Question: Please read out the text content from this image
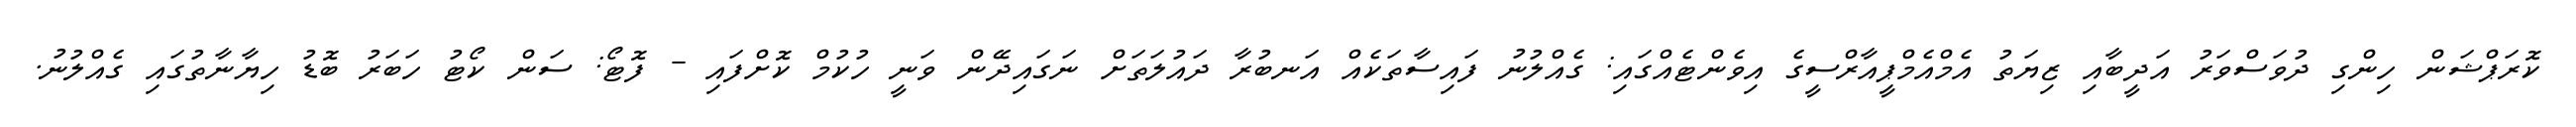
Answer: ކޮރަޕްޝަން ހިންގި ދުވަސްވަރު އަދީބާއި ޒިޔަތު އެމްއެމްޕީއާރްސީގެ އިވެންޓެއްގައި: ގެއްލުނު ފައިސާތަކެއް އަނބުރާ ދައުލަތަށް ނަގައިދޭން ވަނީ ހުކުމް ކޮށްފައި - ފޮޓޯ: ސަން ކޯޓު ހަބަރު ބޮޑު ހިޔާނާތުގައި ގެއްލުނު.